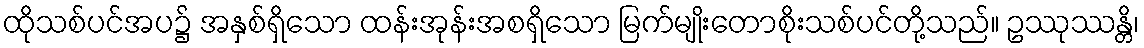
ထိုသစ်ပင်အပ၌ အနှစ်ရှိသော ထန်းအုန်းအစရှိသော မြက်မျိုးတောစိုးသစ်ပင်တို့သည်။ ဥဿုဿန္တိ၊